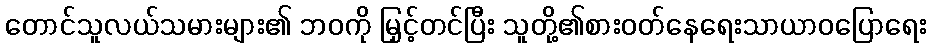
တောင်သူလယ်သမားများ၏ ဘဝကို မြှင့်တင်ပြီး သူတို့၏စားဝတ်နေရေးသာယာဝပြောရေး